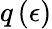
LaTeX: q\left(\epsilon\right)